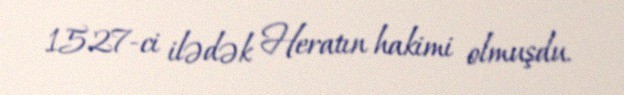
1527-ci ilədək Heratın hakimi olmuşdu.